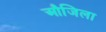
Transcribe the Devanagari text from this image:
औजिला